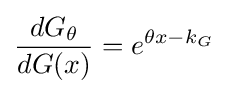
{\frac {dG_{\theta }}{dG(x)}}=e^{\theta x-k_{G}}